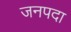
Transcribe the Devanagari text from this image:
जनपदा